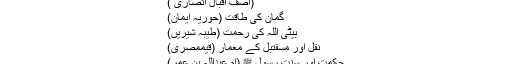
(آصف اقبال انصاری )
گمان کی طاقت (حوریہ ایمان)
بیٹی اللہ کی رحمت (طیبہ شیریں)
نقل اور مسقتبل کے معمار (قیممصری)
حکمت اور سنت رسول ﷺ (ام عبداللہ بن عمر)